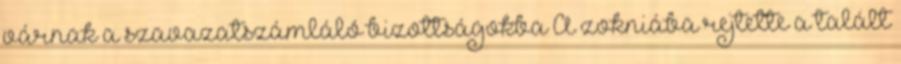
várnak a szavazatszámláló bizottságokba A zokniába rejtette a talált